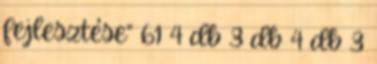
fejlesztése” 61 4 db 3 db 4 db 3